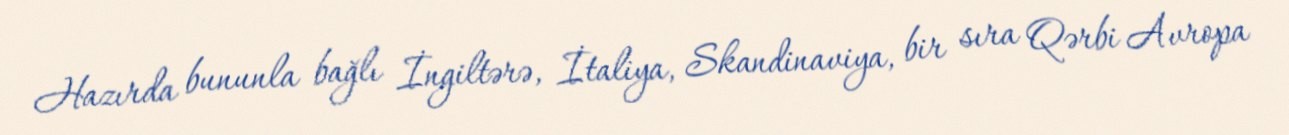
Hazırda bununla bağlı İngiltərə, İtaliya, Skandinaviya, bir sıra Qərbi Avropa